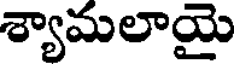
శ్యామలాయై